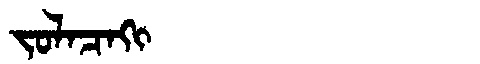
Manchu: ᠵᠣᠯᠠᠴᠠᡴᡳ
Romanization: JOLACAKI